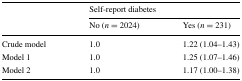
<table><thead><tr><td rowspan="2"></td><td colspan="2"><b>Self-report diabetes</b></td></tr><tr><td><b>No (<i>n</i> = 2024)</b></td><td><b>Yes (<i>n</i> = 231)</b></td></tr></thead><tbody><tr><td>Crude model</td><td>1.0</td><td>1.22 (1.04–1.43)</td></tr><tr><td>Model 1</td><td>1.0</td><td>1.25 (1.07–1.46)</td></tr><tr><td>Model 2</td><td>1.0</td><td>1.17 (1.00–1.38)</td></tr></tbody></table>